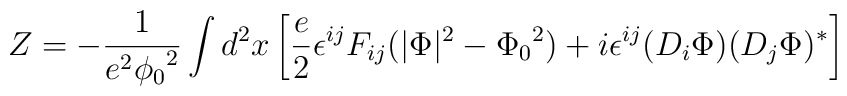
Z = -\frac{1}{e^2{\phi_0}^2}\int d^2x\left[ \frac{e}{2}\epsilon^{ij}F_{ij}(\vert\Phi\vert^2 - {\Phi_0}^2)+ i\epsilon^{ij}(D_i\Phi)(D_j\Phi)^* \right]